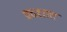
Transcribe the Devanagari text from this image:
प्रदशात